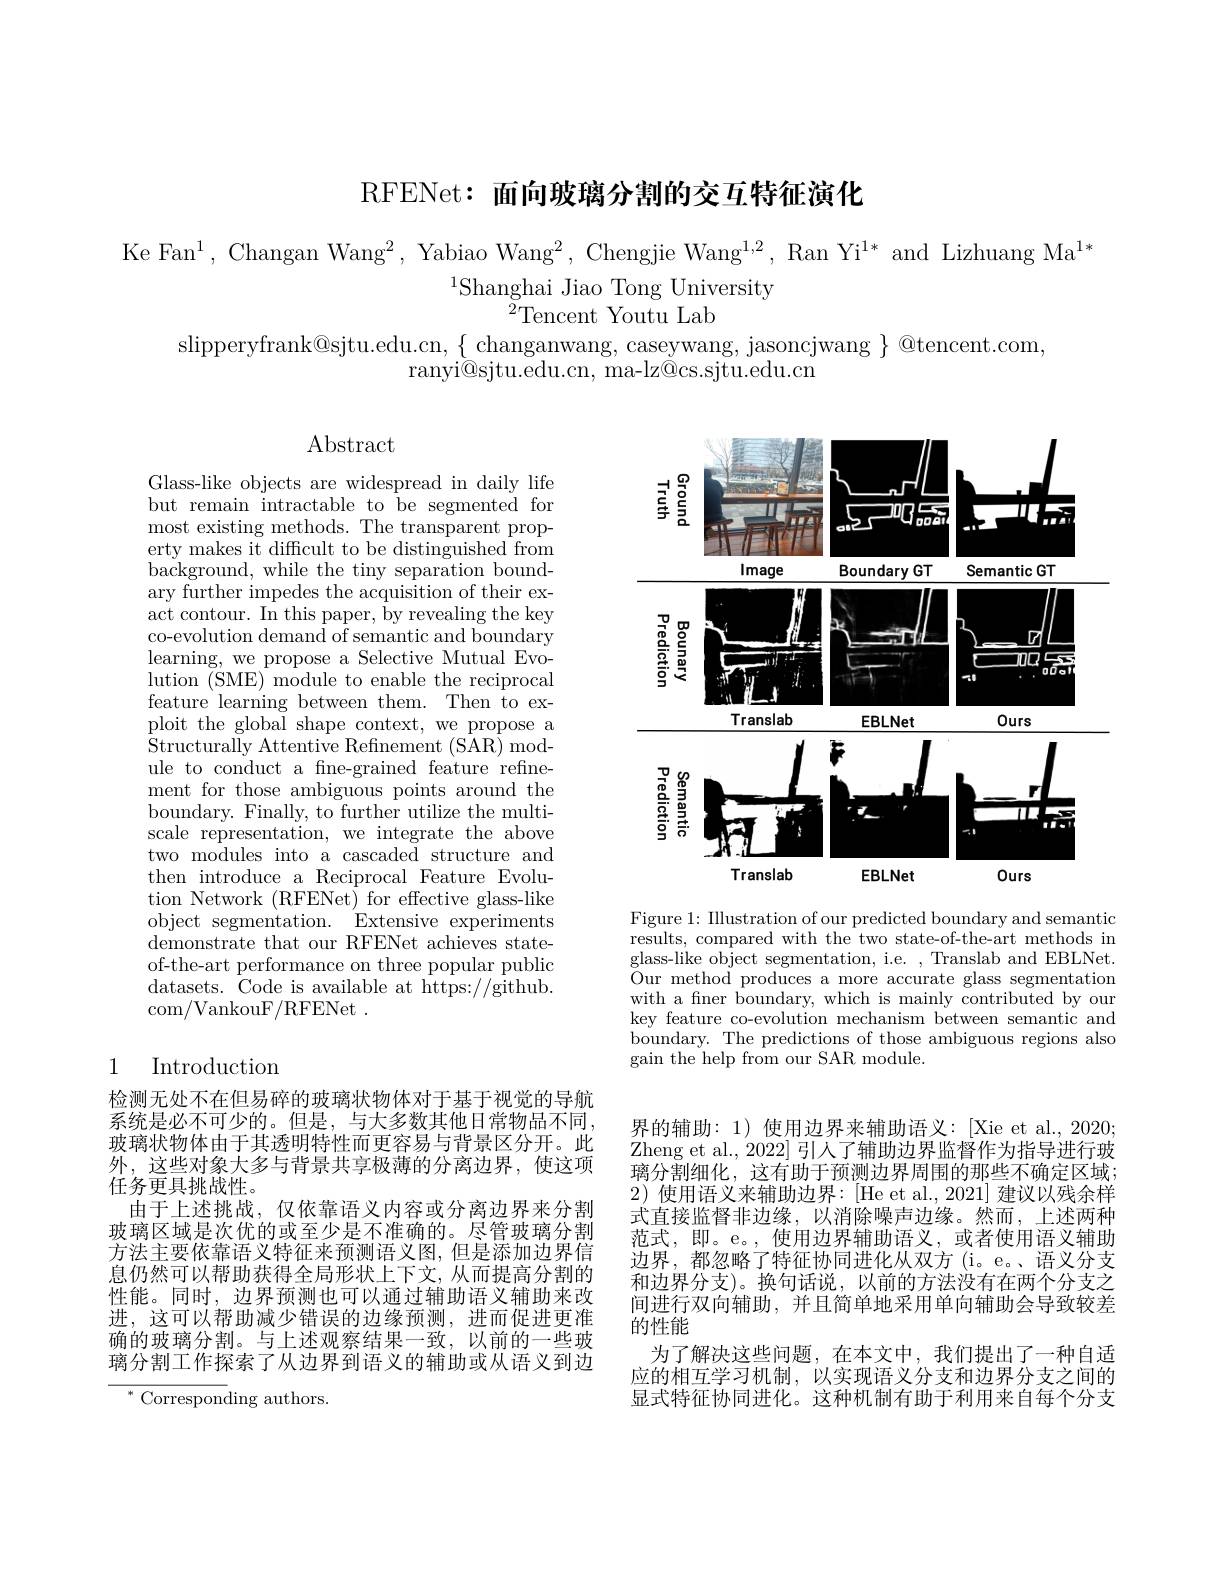
RFENet: 面向玻璃分割的交互特征演化

Ke Fan$^1$, Changan Wang$^2$, Yabiao Wang$^2$, Chengjie Wang$^1,2$, Ran Yi$^{1*}$ and Lizhuang Ma$^1*$
$^{1}$Shanghai Jiao Tong University
$^{\breve{2}}$Tencent Youtu Lab

slipperyfrank@sjtu.edu.cn,$\{\underset{\mathrm{c}}{\operatorname*{\text{changanwang, caseywang, jasoncjwang }}}\}$@tencent.com,
ranyi@sjtu.edu.cn, ma-lz@cs.sjtu.edu.cn

Abstract

Glass-like objects are widespread in daily life but remain intractable to be segmented for most existing methods. The transparent property makes it difficult to be distinguished from background, while the tiny separation boundary further impedes the acquisition of their exact contour. In this paper, by revealing the key co-evolution demand of semantic and boundary learning, we propose a Selective Mutual Evolution $\bar{\text{(SME)module to enable the reciprocal}}$ feature learning between them. Then to exploit the global shape context, we propose a Structurally Attentive Refinement (SAR) module to conduct a fne-grained feature refinement for those ambiguous points around the boundary. Finally, to further utilize the multiscale representation, we integrate the above two modules into a cascaded structure and then introduce a Reciprocal Feature Evolution Network (RFENet) for effective glass-like object segmentation. Extensive experiments demonstrate that our RFENet achieves stateof-the-art performance on three popular public datasets. Code is available at https://github. com/VankouF/RFENet.

## Introduction 1

检测无处不在但易碎的玻璃状物体对于基于视觉的导航系统是必不可少的。但是，与大多数其他日常物品不同， 玻璃状物体由于其透明特性而更容易与背景区分开。此外，这些对象大多与背景共享极薄的分离边界，使这项任务更具挑战性。
由于上述挑战，仅依靠语义内容或分离边界来分割玻璃区域是次优的或至少是不准确的。尽管玻璃分割方法主要依靠语义特征来预测语义图，但是添加边界信息仍然可以帮助获得全局形状上下文，从而提高分割的性能。同时，边界预测也可以通过辅助语义辅助来改进，这可以帮助减少错误的边缘预测，进而促进更准确的玻璃分割。与上述观察结果一致，以前的一些玻璃分割工作探索了从边界到语义的辅助或从语义到边$^*$Corresponding authors.

<FigureHere>

Figure 1: Illustration of our predicted boundary and semantic results, compared with the two state-of-the-art methods in glass-like object segmentation, i.e. , Translab and EBLNet. $\tilde{O}$ur method produces a more accurate glass segmentation with a fner boundary, which is mainly contributed by our key feature co-evolution mechanism between semantic and boundary. The predictions of those ambiguous regions also gain the help from our SAR module.

界的辅助：1)使用边界来辅助语义：[Xie et al.2020; Zheng et al., 2022] 引人了辅助边界监督作为指导进行玻璃分割细化，这有助于预测边界周围的那些不确定区域32)使用语义来辅助边界：[He et al., 2021] 建议以残余样式直接监督非边缘，以消除噪声边缘。然而，上述两种范式，即。e。,使用边界辅助语义，或者使用语义辅助边界，都忽略了特征协同进化从双方(i。e。、语义分支和边界分支)。换句话说，以前的方法没有在两个分支之间进行双向辅助，并且简单地采用单向辅助会导致较差的性能
为了解决这些问题，在本文中，我们提出了一种自适应的相互学习机制，以实现语义分支和边界分支之间的显式特征协同进化。这种机制有助于利用来自每个分支